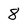
Character: 8